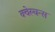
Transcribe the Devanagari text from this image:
क्वेस्चन्स